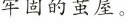
牢固的茧屋。